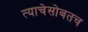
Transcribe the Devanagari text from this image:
त्याचेसोबतच